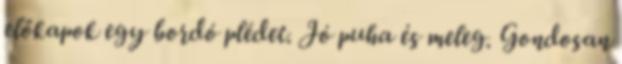
előkapok egy bordó plédet. Jó puha és meleg. Gondosan